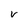
Character: V